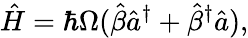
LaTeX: \hat{H}=\hbar\Omega(\hat{\beta}\hat{a}^{\dagger}+\hat{\beta}^{\dagger}\hat{a}),